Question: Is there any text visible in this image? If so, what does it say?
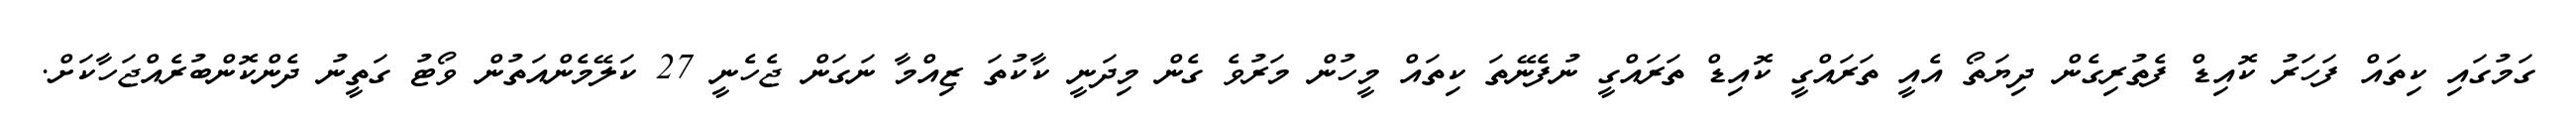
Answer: ގަމުގައި ކިތައް ފަހަރު ކޮއިޑް ފެތުރިގެން ދިޔަތޯ އެއީ ތަރައްގީ ކޮއިޑް ތަރައްގީ ނުފެނޭތަ ކިތައް މީހުން މަރުވެ ގެން މިދަނީ ކާކުތަ ޒިއްމާ ނަގަން ޖެހެނީ 27 ކަލޭމެންއަތުން ވޯޓު ގަތީނު ދެންކޮންބުރެއްޖަހާކަށް.